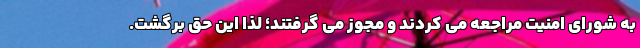
به شورای امنیت مراجعه می کردند و مجوز می گرفتند؛ لذا این حق برگشت.